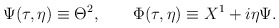
\begin{align*} \Psi(\tau,\eta)\equiv\Theta^2,\qquad \Phi(\tau,\eta)\equiv X^1+i\eta\Psi.\end{align*}